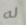
له